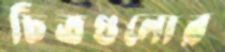
চিত্রগুলোর